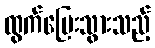
ထွက်ပြေးသွားသည့်